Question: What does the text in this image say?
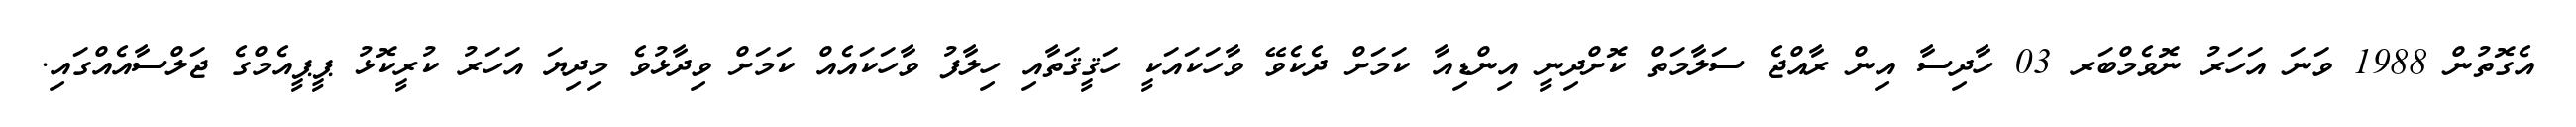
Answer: އެގޮތުން 1988 ވަނަ އަހަރު ނޮވެމްބަރ 03 ހާދިސާ އިން ރާއްޖެ ސަލާމަތް ކޮށްދިނީ އިންޑިއާ ކަމަށް ދެކެވޭ ވާހަކައަކީ ހަޤީޤަތާއި ހިލާފު ވާހަކައެއް ކަމަށް ވިދާޅުވެ މިދިޔަ އަހަރު ކުރީކޮޅު ޕީޕީއެމްގެ ޖަލްސާއެއްގައި.